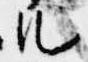
ル